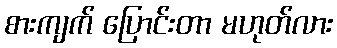
စားကျက် ပြောင်းတာ မဟုတ်လား